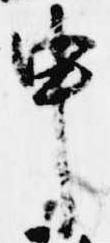
申